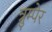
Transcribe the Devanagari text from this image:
त्रुम्पेर